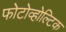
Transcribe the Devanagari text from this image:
फोटोव्होल्टिक